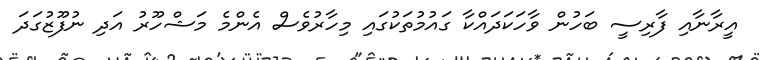
އީރާނާއި ފާރިސީ ބަހުން ވާހަކަދައްކާ ގައުމުތަކުގައި މިހާރުވެސް އެންމެ މަޝްހޫރު އަދި ނުފޫޒުގަދަ